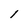
Character: 1